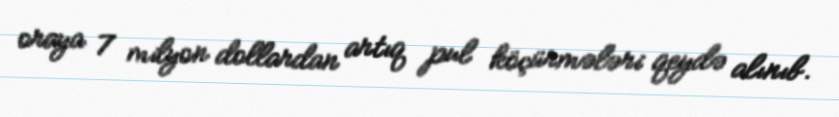
oraya 7 milyon dollardan artıq pul köçürmələri qeydə alınıb.